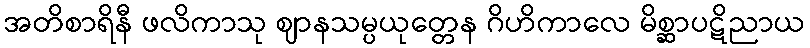
အတိစာရိနီ ဖလိကာသု ဈာနသမ္ပယုတ္တေန ဂိဟိကာလေ မိစ္ဆာပဋိညာယ